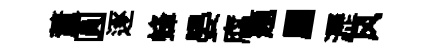
董圓逐蜂晏腐题屬瀝风